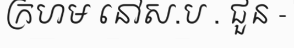
ក្រហម នៅស.ប . ជួន -